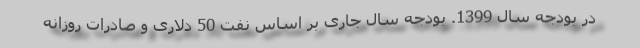
در بودجه سال 1399. بودجه سال جاری بر اساس نفت 50 دلاری و صادرات روزانه